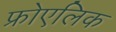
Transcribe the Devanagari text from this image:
फ्रोएलिक